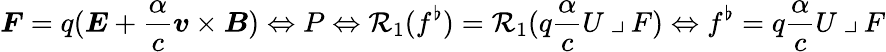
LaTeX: \boldsymbol{F}=q(\boldsymbol{E}+\frac{\alpha}{c}\boldsymbol{v}\times\boldsymbol{B})\Leftrightarrow P\Leftrightarrow\mathcal{R}_{1}(f^{\flat})=\mathcal{R}_{1}(q\frac{\alpha}{c}U\mathbin{\lrcorner}F)\Leftrightarrow f^{\flat}=q\frac{\alpha}{c}U\mathbin{\lrcorner}F